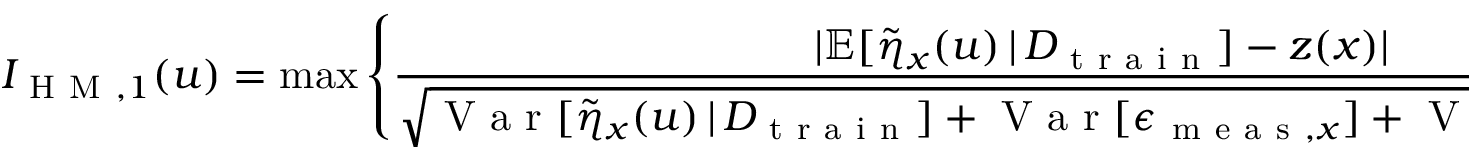
I _ { \mathrm { ~ H ~ M ~ } , 1 } ( u ) = \operatorname* { m a x } \left\{ \frac { \lvert \mathbb { E } [ \Tilde { \eta } _ { x } ( u ) \, \vert \, D _ { \mathrm { ~ t ~ r ~ a ~ i ~ n ~ } } ] - z ( x ) \rvert } { \sqrt { \mathrm { ~ V ~ a ~ r ~ } [ \Tilde { \eta } _ { x } ( u ) \, \vert \, D _ { \mathrm { ~ t ~ r ~ a ~ i ~ n ~ } } ] + \mathrm { ~ V ~ a ~ r ~ } [ \epsilon _ { \mathrm { ~ m ~ e ~ a ~ s ~ } , x } ] + \mathrm { ~ V ~ a ~ r ~ } [ \epsilon _ { \mathrm { ~ o ~ t ~ h ~ e ~ r ~ } , x } ] } } : x \in \mathcal { M } ^ { * } \right\} .